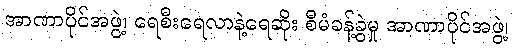
အာဏာပိုင်အဖွဲ့၊ ရေစီးရေလာနဲ့ရေဆိုး စီမံခန့်ခွဲမှု အာဏာပိုင်အဖွဲ့၊